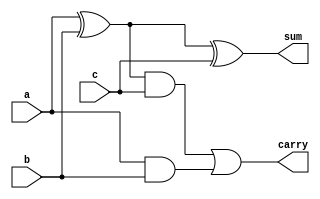
`timescale 1ns / 1ps

//Implementaion of FULL ADDER by using Data Flow Modelling
module full_adder(
    input a,
    input b,
    input c,
    output sum,carry
    );
  assign sum=a^b^c;
  assign carry=(a^b)&c|a&b;
endmodule